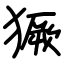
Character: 獗